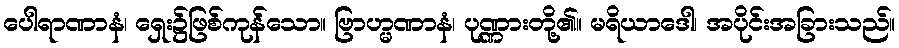
ပေါရာဏာနံ၊ ရှေး၌ဖြစ်ကုန်သော။ ဗြာဟ္မဏာနံ၊ ပုဏ္ဏားတို့၏။ မရိယာဒေါ၊ အပိုင်းအခြားသည်။